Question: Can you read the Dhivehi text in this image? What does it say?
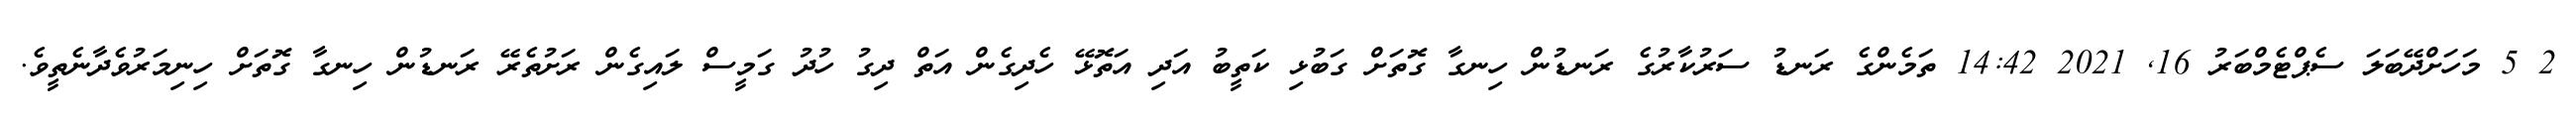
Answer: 2 5 މަހަށްދޭބަލަ ސެޕްޓެމްބަރު 16, 2021 14:42 ތަމެންގެ ރަނޑު ސަރުކާރުގެ ރަނޑުން ހިނގާ ގޮތަށް ގަބުޅި ކަތީބު އަދި އަތޮޅޭ ހެދިގެން އަތް ދިގު ހުދު ގަމީސް ލައިގެން ރަށުތެރޭ ރަނޑުން ހިނގާ ގޮތަށް ހިނިމަރުވެދާނެތީވެ.